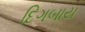
દિગબાય